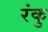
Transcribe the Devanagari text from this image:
रंकु